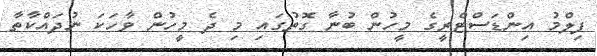
ފިލްމު އިންޑަސްޓްރީގެ މީހުން ބުނާ ގޮތުގައި މި ދެ މީހުން ވާހަކަ ނުދައްކާތާ